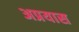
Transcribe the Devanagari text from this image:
अप्रयास